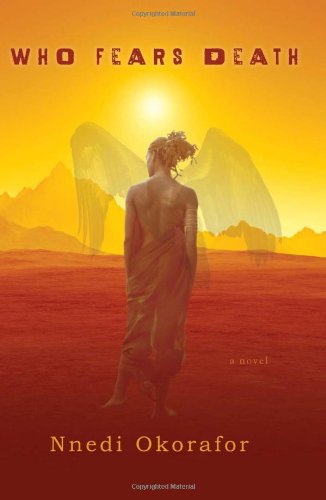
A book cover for Who Fears Death; Nnedi Okorafor; Science Fiction & Fantasy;